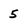
Character: 5